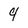
Character: 4